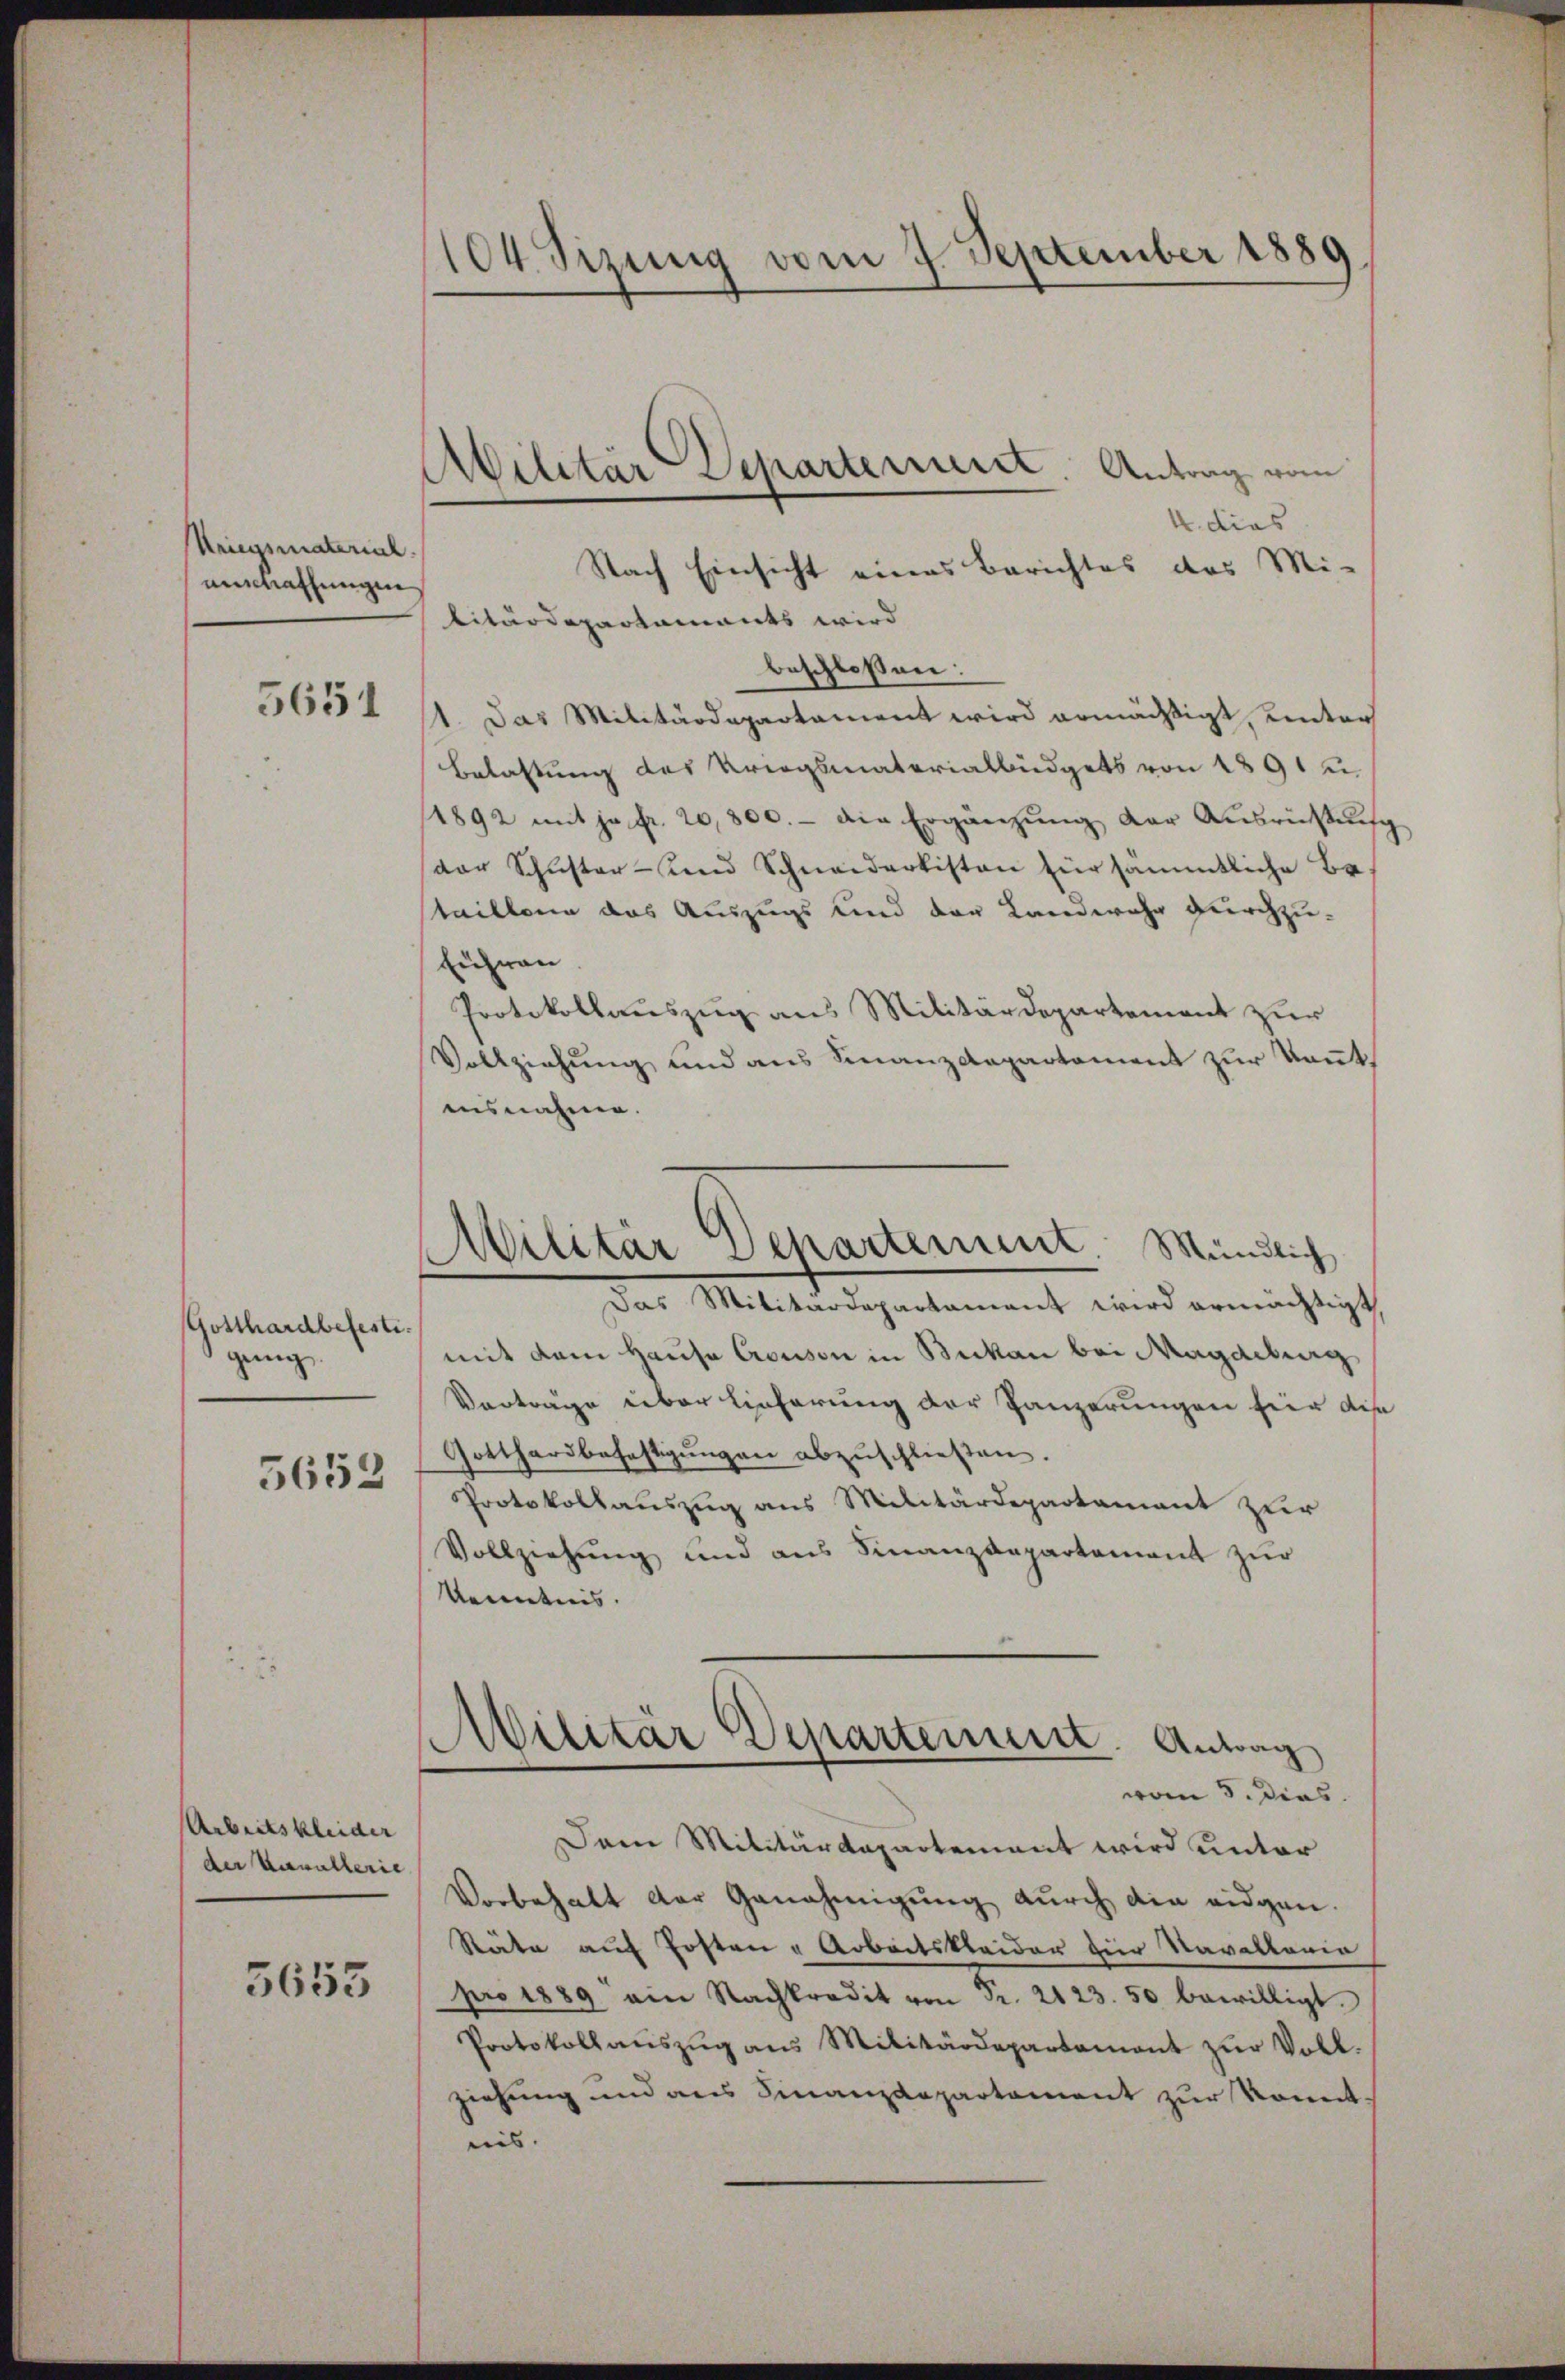
Kriegsmaterial.
eimathungen

5651

Gotthardbefesti
geng
5652

Arbeitskleider
der Verwalterie

5655

104 Sizung vom 4. September 1889.

Abilitär Separterinner. Antrag vom

4. dies
Nach Einsicht eines Berichtes das Mi-
litärdepartaments wird
beschlossen:
1. Das Militärdepartament wird ermächtigt, unter
Belastung des Kriegsmaterialbüdgets von 1891 u.
1892 mit ja fr. 20,800.- die Ergänzŭng der Aŭsrüβŭng
dar Schŭster- und Schneiderkisten für sämmtliche Be-
taillone das Auszugs und der Landwehr durchzu¬
Führen
Protokollauszug aus Militärdepartement zur
Vollziehung und aus Finanzdepartement zur Kenntausnahme.
Das Militärdepartament wird ermächtigt,
mit dem Hausa Crousson in Bekan bei Magdeburg
Vorträge über Lieferung der Ganzerungen für die
Gotthardbefestigŭngen abzŭschließen.
Protokollauszug aus Militärdepartamant zur
Vollziehung und aus Finanzdepartement zur
Kenntnis.
Militär Departement. Antag
vom 3. Dies
Dem Militärdepartement wird unter
Vorbehalt der Genehmigŭng dŭrch die eidgen.
Stäte auf Posten & Arbeitskleider zur Navaltaria
pro 1889 ein Nachkredit von Fr. 2123. 50 bewilligt.
Protokoll aŭszŭg ans Militärdepartament zŭr Voll-
ziehung und aus Finanzdepartement zur konnt.
nis.

Militär Departement. Mündlich